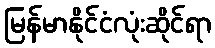
မြန်မာနိုင်ငံလုံးဆိုင်ရာ